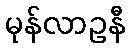
မုန်လာဥနီ